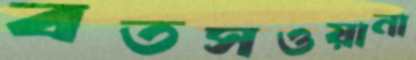
বতসওয়ানা